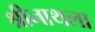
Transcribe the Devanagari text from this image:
श्रीनाथला